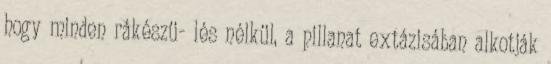
hogy minden rákészü- lés nélkül, a pillanat extázisában alkotják